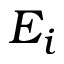
E _ { i }